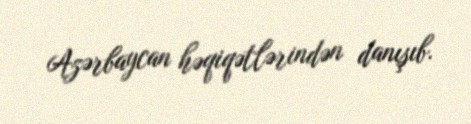
Azərbaycan həqiqətlərindən danışıb.